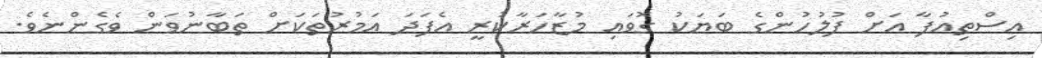
އިސްތިއުފާ އަށް ފުލުހުންގެ ބަޔަކު ގޮވައި މުޒާހަރާކުރީ އެފަދަ އަމުރުތަކަށް ތަބާނުވަން ވެގެންނެވެ.